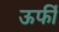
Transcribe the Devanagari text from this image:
ऊर्फी